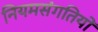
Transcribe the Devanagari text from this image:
नियमसंगतियों